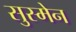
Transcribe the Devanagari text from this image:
सुस्मेन